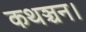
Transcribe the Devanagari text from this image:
कथञ्चन।